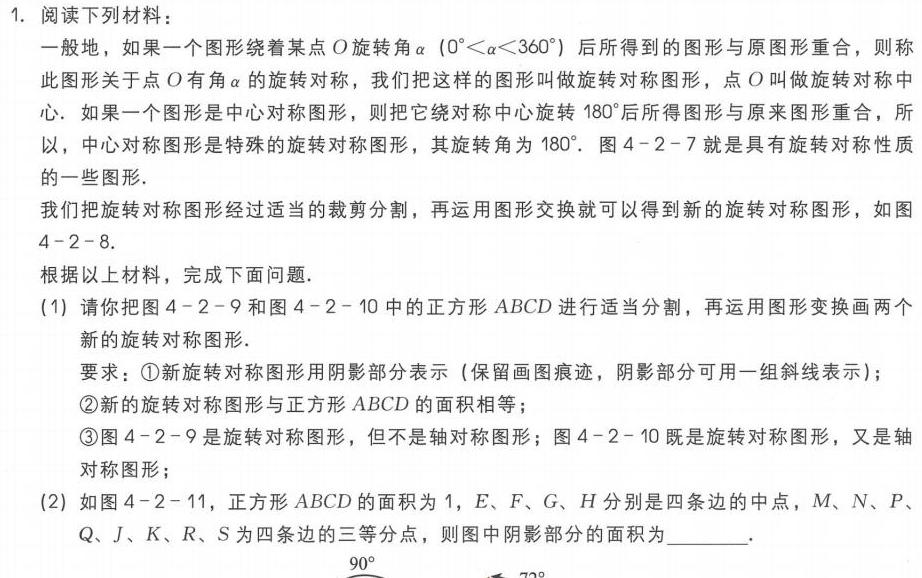
1. 阅读下列材料：
   一般地，如果一个图形绕着某点\(O\)旋转角\(\alpha(0^{\circ}<\alpha < 360^{\circ})\)后所得到的图形与原图形重合，则称此图形关于点\(O\)有角\(\alpha\)的旋转对称，我们把这样的图形叫做旋转对称图形，点\(O\)叫做旋转对称中心. 如果一个图形是中心对称图形，则把它绕对称中心旋转\(180^{\circ}\)后所得图形与原来图形重合，所以，中心对称图形是特殊的旋转对称图形，其旋转角为\(180^{\circ}\). 图\(4 - 2 - 7\)就是具有旋转对称性质的一些图形.
   我们把旋转对称图形经过适当的裁剪分割，再运用图形交换就可以得到新的旋转对称图形，如图\(4 - 2 - 8\).
   根据以上材料，完成下面问题.
   (1) 请你把图\(4 - 2 - 9\)和图\(4 - 2 - 10\)中的正方形\(ABCD\)进行适当分割，再运用图形变换画两个新的旋转对称图形.
      要求：\textcircled{1}新旋转对称图形用阴影部分表示（保留画图痕迹，阴影部分可用一组斜线表示）；
      \textcircled{2}新的旋转对称图形与正方形\(ABCD\)的面积相等；
      \textcircled{3}图\(4 - 2 - 9\)是旋转对称图形，但不是轴对称图形；图\(4 - 2 - 10\)既是旋转对称图形，又是轴对称图形；
   (2) 如图\(4 - 2 - 11\)，正方形\(ABCD\)的面积为\(1\)，\(E、F、G、H\)分别是四条边的中点，\(M、N、P、Q、J、K、R、S\)为四条边的三等分点，则图中阴影部分的面积为________.
   \(90^{\circ}\)